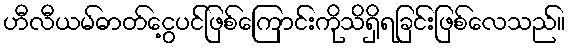
ဟီလီယမ်ဓာတ်ငွေ့ပင်ဖြစ်ကြောင်းကိုသိရှိရခြင်းဖြစ်လေသည်။